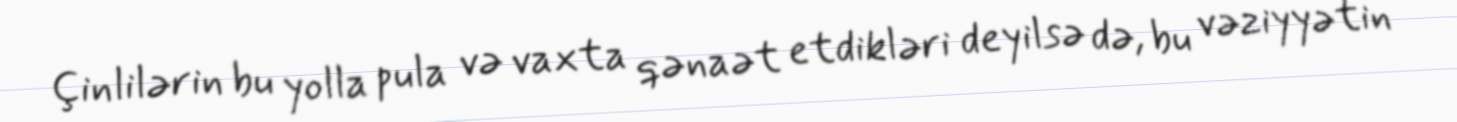
Çinlilərin bu yolla pula və vaxta qənaət etdikləri deyilsə də, bu vəziyyətin